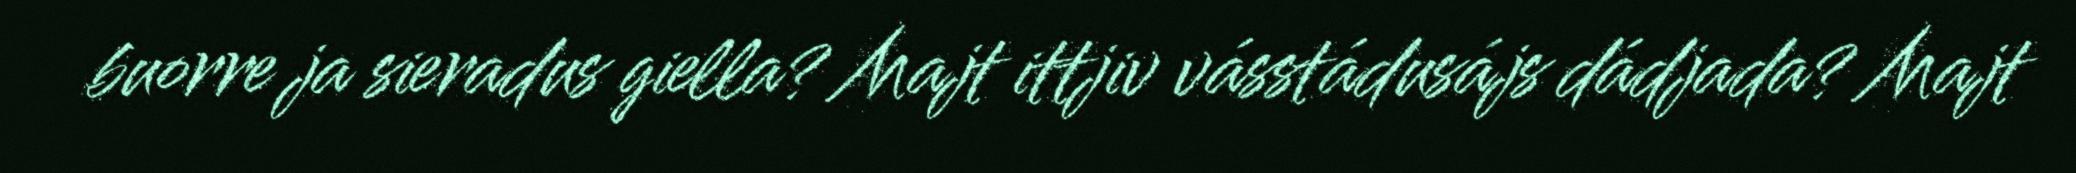
buorre ja sieradus giella? Majt ittjiv vásstádusájs dádjada? Majt